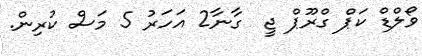
ވޯލްޑް ކަޕް ގްރޫޕް ޖީ  ގާނާ2 އަހަރު 5 މަސް ކުރިން.